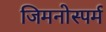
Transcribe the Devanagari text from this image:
जिमनोस्पर्म